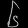
Digit: ၆